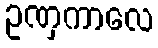
ဥဏှကာလေ